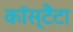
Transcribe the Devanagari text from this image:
कॉस्टैंटा